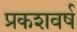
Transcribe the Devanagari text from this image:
प्रकशवर्ष